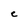
Character: C